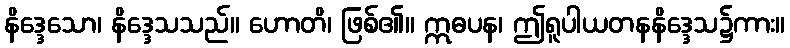
နိဒ္ဒေသော၊ နိဒ္ဒေသသည်။ ဟောတိ၊ ဖြစ်၏။ ဣဓပန၊ ဤရူပါယတနနိဒ္ဒေသ၌ကား။